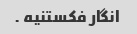
انگار فکستنیه .